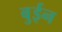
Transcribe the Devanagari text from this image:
बुईन